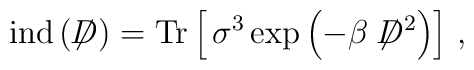
{\rm ind}\,(\not \!\! D)={\rm Tr} \left[\,\sigma^3 \exp\left(-\beta\not \!\! D^2\right)\right]\,,